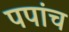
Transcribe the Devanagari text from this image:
पपांच